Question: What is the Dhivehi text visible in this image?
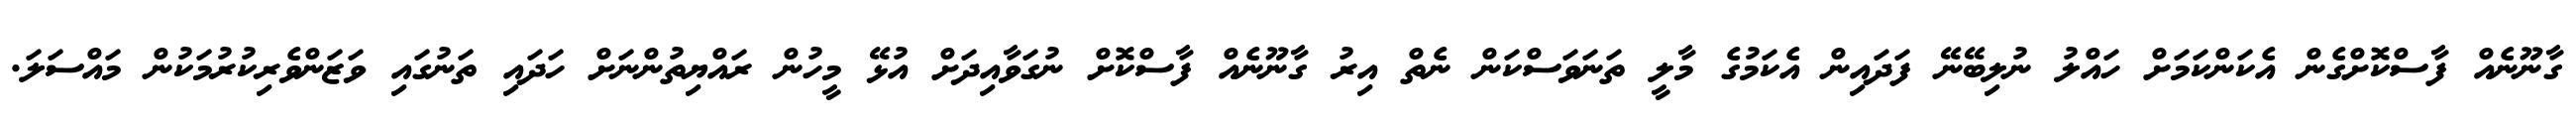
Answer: ގާނޫނެއް ފާސްކޮށްގެން އެކަންކަމަށް ހައްލު ނުލިބޭނޭ ފަދައިން އެކަމުގެ މާލީ ތަނަވަސްކަން ނެތް އިރު ގާނޫނެއް ފާސްކޮށް ނުގަވާއިދަށް އުޅޭ މީހުން ރައްޔިތުންނަށް ހަދައި ތަނުގައި ވަޒަންވެރިކުރުމަކުން މައްސަލަ.